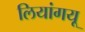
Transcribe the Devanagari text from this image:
लियांगयू